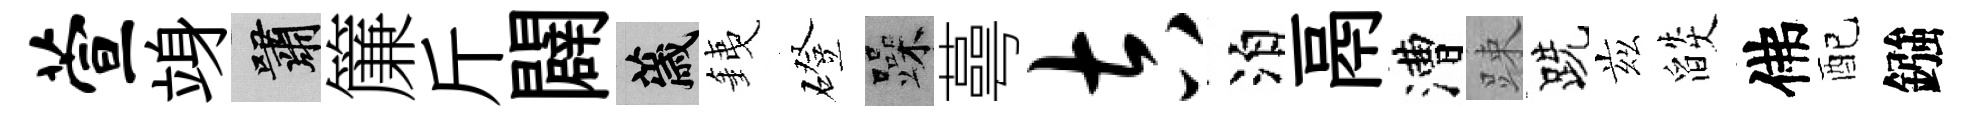
萱竧嘯簾斤闢薉銕磴躁蕚吉泊鬲漕踈跣兹燄佛配鏹